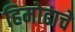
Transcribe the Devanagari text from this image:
हिमोढाचे